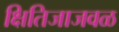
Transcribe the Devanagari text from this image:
क्षितिजाजवळ